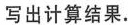
写出计算结果。